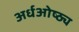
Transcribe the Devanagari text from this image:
अर्धओष्ठ्य